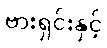
ဗားရှင်းနှင့်